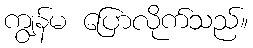
ကျွန်မ ပြောလိုက်သည်။